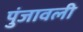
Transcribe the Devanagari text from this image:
पुंजावली